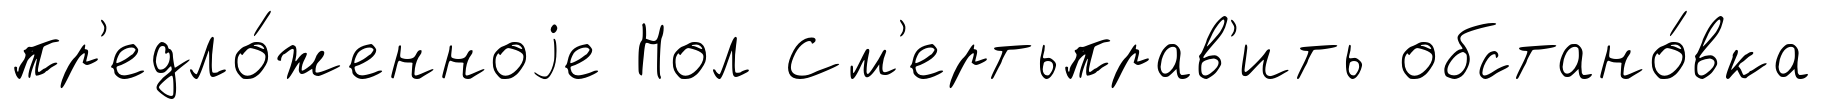
пр'едло́женноjе Нол См'ертьправ'ить обстано́вка